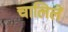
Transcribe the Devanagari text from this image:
चालिलें